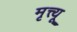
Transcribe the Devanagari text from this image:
मृत्त्यू